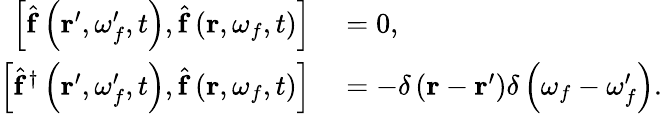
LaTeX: \begin{array}{rl}{\left[\hat{\mathbf{f}}\left(\mathbf{r}^{\prime},\omega_{f}^{\prime},t\right),\hat{\mathbf{f}}\left(\mathbf{r},\omega_{f},t\right)\right]}&{{}=0,}\\ {\left[\hat{\mathbf{f}}^{\dagger}\left(\mathbf{r}^{\prime},\omega_{f}^{\prime},t\right),\hat{\mathbf{f}}\left(\mathbf{r},\omega_{f},t\right)\right]}&{{}=-\delta\left(\mathbf{r}-\mathbf{r}^{\prime}\right)\delta\left(\omega_{f}-\omega_{f}^{\prime}\right).}\end{array}